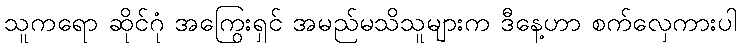
သူကရော ဆိုင်ဂုံ အကြွေးရှင် အမည်မသိသူများက ဒီနေ့ဟာ စက်လှေကားပါ